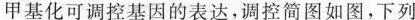
甲基化可调控基因的表达，调控简图如图，下列